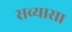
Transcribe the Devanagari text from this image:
सव्यासा